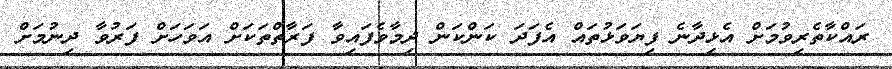
ރައްކާތެރިވުމަށް އެޅިދާނެ ފިޔަވަޅުތައް އެފަދަ ކަންކަން ދިމާވެފައިވާ ފަރާތްތަކަށް އަވަހަށް ފަރުވާ ދިނުމަށް